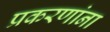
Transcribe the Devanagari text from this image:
प्रकरणांना